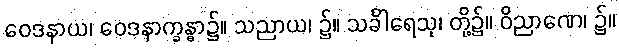
ဝေဒနာယ၊ ဝေဒနာက္ခန္ဓာ၌။ သညာယ၊ ၌။ သင်္ခါရေသု၊ တို့၌။ ဝိညာဏေ၊ ၌။